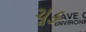
ચૂક